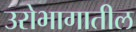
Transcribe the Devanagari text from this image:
उरोभागातील